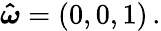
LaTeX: \boldsymbol{\hat{\omega}}=(0,0,1)\, .